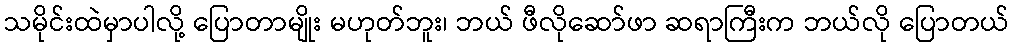
သမိုင်းထဲမှာပါလို့ ပြောတာမျိုး မဟုတ်ဘူး၊ ဘယ် ဖီလိုဆော်ဖာ ဆရာကြီးက ဘယ်လို ပြောတယ်